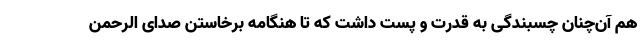
هم آن‌چنان چسبندگی به قدرت و پست داشت که تا هنگامه برخاستن صدای الرحمن